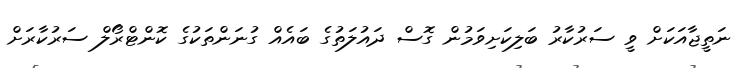
ނަތީޖާއަކަށް ވީ ސަރުކާރު ބަލިކަށިވަމުން ގޮސް ދައުލަތުގެ ބައެއް ގުނަންތަކުގެ ކޮންޓްރޯލް ސަރުކާރަށް